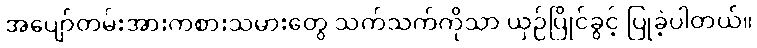
အပျော်တမ်းအားကစားသမားတွေ သက်သက်ကိုသာ ယှဉ်ပြိုင်ခွင့် ပြုခဲ့ပါတယ်။